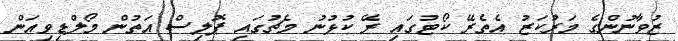
ޒުވާނުންގެ މަރުކަޒު އެތެރޭ ކޯޓުގައި ރޭ ކުޅުނު މެޗުގައި ޕޮލިސް އަތުން މޯލްޑިވިއަން